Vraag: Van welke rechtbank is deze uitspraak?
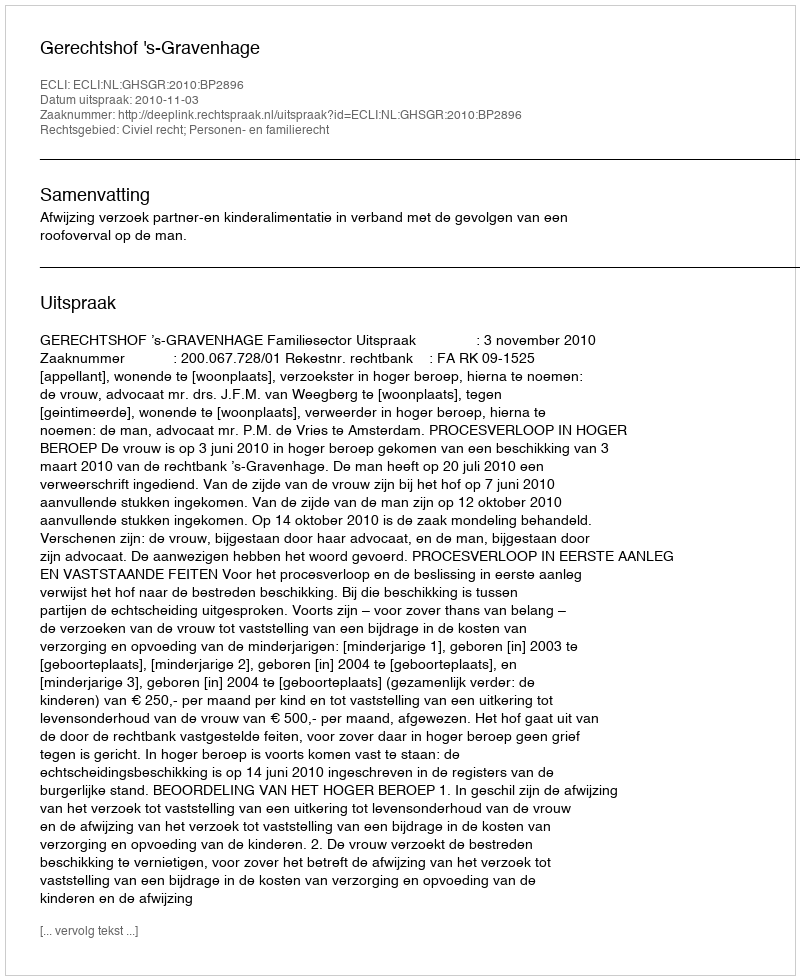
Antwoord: Gerechtshof 's-Gravenhage